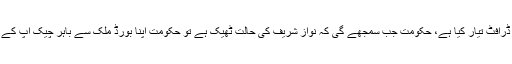
اشتیاق احمد خان نے کہا کہ نواز شریف اور شہباز شریف کے ڈرافٹ کے جواب میں حکومت نے بھی ایک ڈرافٹ تیار کیا ہے، حکومت جب سمجھے گی کہ نواز شریف کی حالت ٹھیک ہے تو حکومت اپنا بورڈ ملک سے باہر چیک اپ کے لیے بھیج سکتی ہے، بورڈ یہ چیک کرے گا کہ نواز شریف سفرکرکے ملک میں واپس آ سکتے ہیں یا نہیں۔